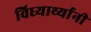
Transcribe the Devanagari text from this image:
विध्यार्थ्यानी